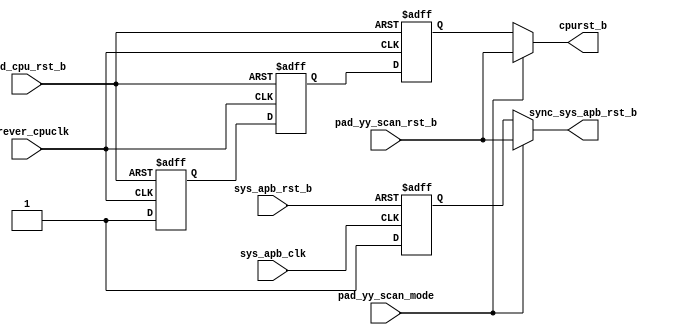
// This program was cloned from: https://github.com/T-head-Semi/opene906
// License: Apache License 2.0

/*Copyright 2020-2021 T-Head Semiconductor Co., Ltd.

Licensed under the Apache License, Version 2.0 (the "License");
you may not use this file except in compliance with the License.
You may obtain a copy of the License at

    http://www.apache.org/licenses/LICENSE-2.0

Unless required by applicable law or agreed to in writing, software
distributed under the License is distributed on an "AS IS" BASIS,
WITHOUT WARRANTIES OR CONDITIONS OF ANY KIND, either express or implied.
See the License for the specific language governing permissions and
limitations under the License.
*/

// &ModuleBeg; @22
module pa_rst_top(
  cpurst_b,
  forever_cpuclk,
  pad_cpu_rst_b,
  pad_yy_scan_mode,
  pad_yy_scan_rst_b,
  sync_sys_apb_rst_b,
  sys_apb_clk,
  sys_apb_rst_b
);

// &Ports; @23
input        forever_cpuclk;    
input        pad_cpu_rst_b;     
input        pad_yy_scan_mode;  
input        pad_yy_scan_rst_b; 
input        sys_apb_clk;       
input        sys_apb_rst_b;     
output       cpurst_b;          
output       sync_sys_apb_rst_b; 

// &Regs; @24
reg          ciu_rst_ff_1st;    
reg          ciu_rst_ff_2nd;    
reg          ciu_rst_ff_3rd;    
reg          sys_apb_rst_ff_1st; 

// &Wires; @25
wire         async_apb_rst_b;   
wire         async_ciu_rst_b;   
wire         cpurst_b;          
wire         forever_cpuclk;    
wire         pad_cpu_rst_b;     
wire         pad_yy_scan_mode;  
wire         pad_yy_scan_rst_b; 
wire         sync_sys_apb_rst_b; 
wire         sys_apb_clk;       
wire         sys_apb_rst_b;     


assign async_ciu_rst_b = pad_cpu_rst_b;// & !pad_yy_mbist_mode;

always @(posedge forever_cpuclk or negedge async_ciu_rst_b)
begin
  if (!async_ciu_rst_b)
  begin
    ciu_rst_ff_1st <= 1'b0;
    ciu_rst_ff_2nd <= 1'b0;
    ciu_rst_ff_3rd <= 1'b0;
  end
  else
  begin
    ciu_rst_ff_1st <= 1'b1;
    ciu_rst_ff_2nd <= ciu_rst_ff_1st;
    ciu_rst_ff_3rd <= ciu_rst_ff_2nd;
  end
end

assign cpurst_b = pad_yy_scan_mode ? pad_yy_scan_rst_b : ciu_rst_ff_3rd;
//assign hadrst_b = pad_yy_scan_mode ? pad_yy_scan_rst_b : pad_had_rst_b;
//assign trst_b   = pad_yy_scan_mode ? pad_yy_scan_rst_b : pad_had_jtg_trst_b;


assign async_apb_rst_b = sys_apb_rst_b;// & !pad_yy_mbist_mode;

always @(posedge sys_apb_clk or negedge async_apb_rst_b)
begin
  if (!async_apb_rst_b)
    sys_apb_rst_ff_1st <= 1'b0;
  else
    sys_apb_rst_ff_1st <= 1'b1;
end


assign sync_sys_apb_rst_b = pad_yy_scan_mode ? pad_yy_scan_rst_b : sys_apb_rst_ff_1st;


// &ModuleEnd; @77
endmodule